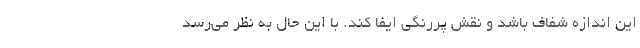
این اندازه شفاف باشد و نقش پررنگی ایفا کند. با این حال به نظر می‌رسد